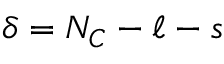
\delta = N _ { C } - \ell - s